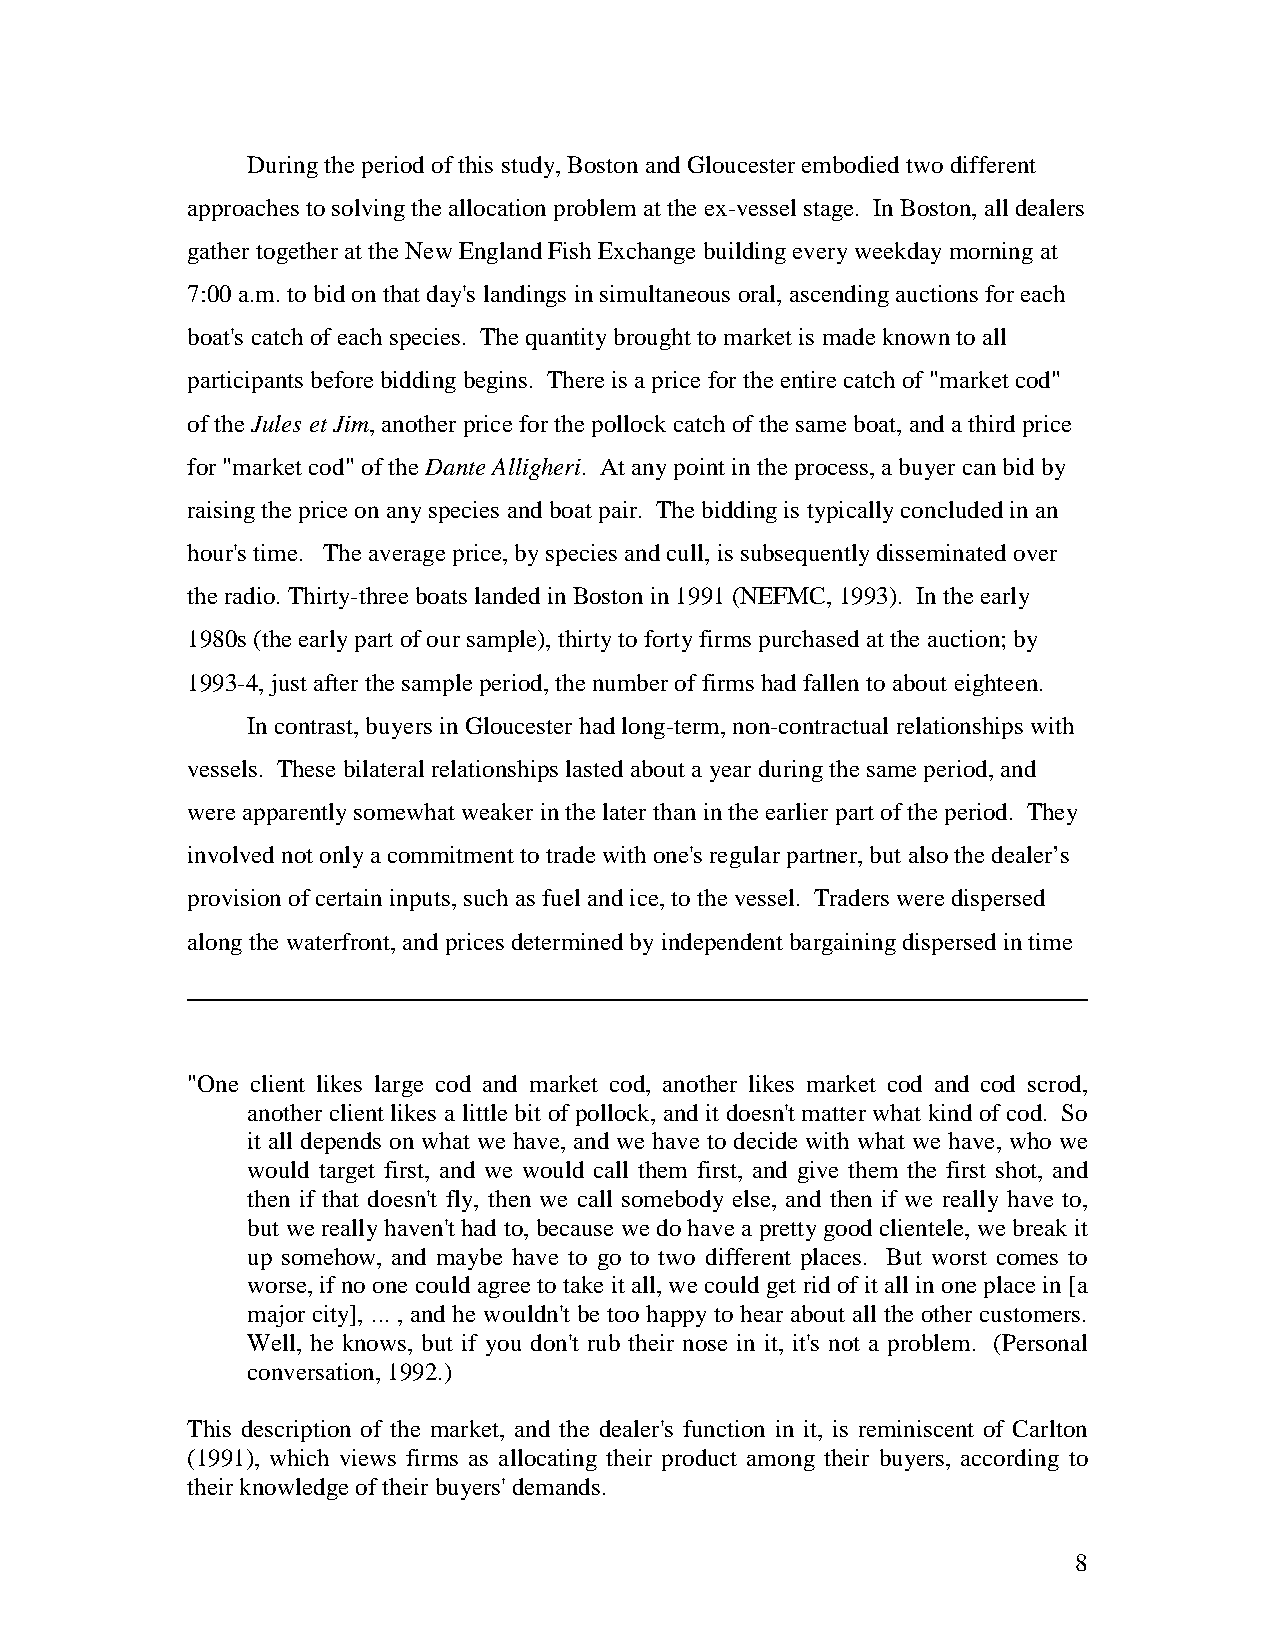
During the period of this study, Boston and Gloucester embodied two different
 approaches to solving the allocation problem at the ex-vessel stage. In Boston, all dealers
 gather together at the New England Fish Exchange building every weekday morning at
 7:00 a.m. to bid on that day's landings in simultaneous oral, ascending auctions for each
 boat's catch of each species. The quantity brought to market is made known to all
 participants before bidding begins. There is a price for the entire catch of "market cod"
 of the Jules et Jim, another price for the pollock catch of the same boat, and a third price
 for "market cod" of the Dante Alligheri. At any point in the process, a buyer can bid by
 raising the price on any species and boat pair. The bidding is typically concluded in an
 hour's time. The average price, by species and cull, is subsequently disseminated over
 the radio. Thirty-three boats landed in Boston in 1991 (NEFMC, 1993). In the early
 1980s (the early part of our sample), thirty to forty firms purchased at the auction; by
 1993-4, just after the sample period, the number of firms had fallen to about eighteen.
 In contrast, buyers in Gloucester had long-term, non-contractual relationships with
 vessels. These bilateral relationships lasted about a year during the same period, and
 were apparently somewhat weaker in the later than in the earlier part of the period. They
 involved not only a commitment to trade with one's regular partner, but also the dealer’s
 provision of certain inputs, such as fuel and ice, to the vessel. Traders were dispersed
 along the waterfront, and prices determined by independent bargaining dispersed in time
 "One client likes large cod and market cod, another likes market cod and cod scrod,
 another client likes a little bit of pollock, and it doesn't matter what kind of cod. So
 it all depends on what we have, and we have to decide with what we have, who we
 would target first, and we would call them first, and give them the first shot, and
 then if that doesn't fly, then we call somebody else, and then if we really have to,
 but we really haven't had to, because we do have a pretty good clientele, we break it
 up somehow, and maybe have to go to two different places. But worst comes to
 worse, if no one could agree to take it all, we could get rid of it all in one place in [a
 major city], ... , and he wouldn't be too happy to hear about all the other customers.
 Well, he knows, but if you don't rub their nose in it, it's not a problem. (Personal
 conversation, 1992.)
 This description of the market, and the dealer's function in it, is reminiscent of Carlton
 (1991), which views firms as allocating their product among their buyers, according to
 their knowledge of their buyers' demands.
 8